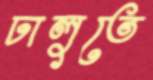
ঢালুতে